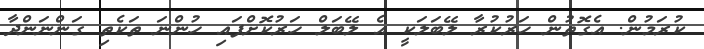
ކުރަމުން. އެގޮތުން ހަރުކުރާ ލޭބަލަކީ އެ ލޭބަލް ހަރުކޮށްފައި ހުންނަ ތަކެތި ގަންނަންދާ